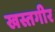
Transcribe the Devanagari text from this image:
खस्तगीर